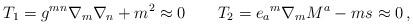
LaTeX: \begin{align*}T_1=g^{mn}\nabla _m\nabla _n+m^2\approx 0\qquad T_2={e_a}^m \nabla _mM^a-ms\approx 0\,, \end{align*}